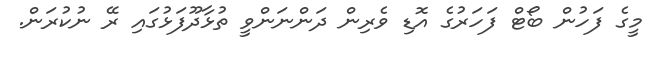
މީގެ ފަހުން ބޯޓް ފަހަރުގެ އޮޑި ވެރިން ދަންނަންވީ ތުޅާދޫފަޅުގައި ރޭ ނުކުރަން.